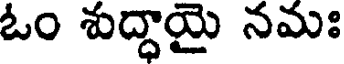
ఓం శుద్దాయై నమః